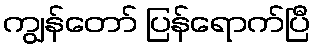
ကျွန်တော် ပြန်ရောက်ပြီ